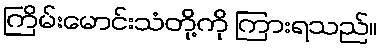
ကြိမ်းမောင်းသံတို့ကို ကြားရသည်။